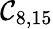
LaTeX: \mathcal{C}_{8,15}